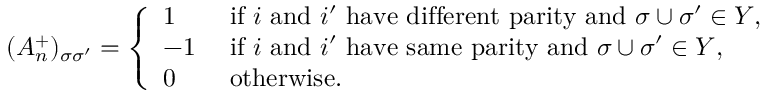
( A _ { n } ^ { + } ) _ { \sigma \sigma ^ { \prime } } = \left\{ \begin{array} { l l } { 1 } & { \mathrm { ~ i f ~ } i \mathrm { ~ a n d ~ } i ^ { \prime } \mathrm { ~ h a v e ~ d i f f e r e n t ~ p a r i t y ~ a n d ~ } \sigma \cup \sigma ^ { \prime } \in Y , } \\ { - 1 } & { \mathrm { ~ i f ~ } i \mathrm { ~ a n d ~ } i ^ { \prime } \mathrm { ~ h a v e ~ s a m e ~ p a r i t y ~ a n d ~ } \sigma \cup \sigma ^ { \prime } \in Y , } \\ { 0 } & { \mathrm { ~ o t h e r w i s e . } } \end{array} \right.